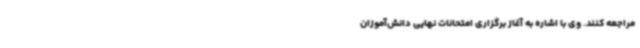
مراجعه کنند. وی با اشاره به آغاز برگزاری امتحانات نهایی دانش‌آموزان